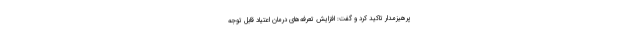
پرهیزمدار تاکید کرد و گفت: افزایش تعرفه‌های درمان اعتیاد قابل توجه